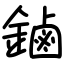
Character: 鏀